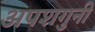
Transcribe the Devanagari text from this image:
अपशगुनी